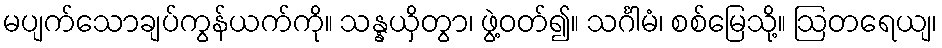
မပျက်သောချပ်ကွန်ယက်ကို။ သန္နယှိတွာ၊ ဖွဲ့ဝတ်၍။ သင်္ဂါမံ၊ စစ်မြေသို့။ ဩတရေယျ၊